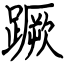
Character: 蹶